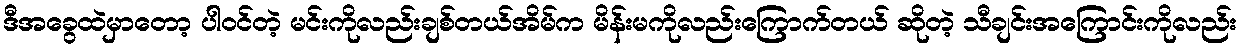
ဒီအခွေထဲမှာတော့ ပါဝင်တဲ့ မင်းကိုလည်းချစ်တယ်အိမ်က မိန်းမကိုလည်းကြောက်တယ် ဆိုတဲ့ သီချင်းအကြောင်းကိုလည်း